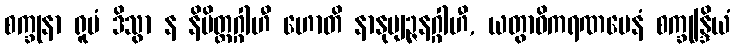
စက္ခုနာ ရူပံ ဒိသွာ န နိမိတ္တဂ္ဂါဟီ ဟောတိ နာနုဗျဉ္ဇနဂ္ဂါဟီ, ယတွာဓိကရဏမေနံ စက္ခုန္ဒြိယံ